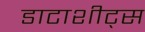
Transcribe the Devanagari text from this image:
डाटाशीट्स